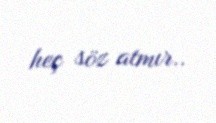
heç söz atmır..